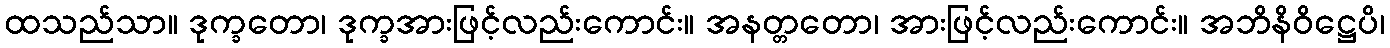
ထသည်သာ။ ဒုက္ခတော၊ ဒုက္ခအားဖြင့်လည်းကောင်း။ အနတ္တတော၊ အားဖြင့်လည်းကောင်း။ အဘိနိဝိဋ္ဌေပိ၊